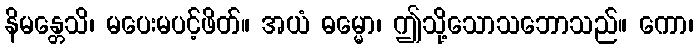
နိမန္တေသိ၊ မပေးမပင့်ဖိတ်။ အယံ ဓမ္မော၊ ဤသို့သောသဘောသည်။ ကော၊